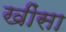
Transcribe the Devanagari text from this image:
खींसा